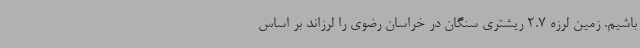
باشیم. زمین لرزه‌ 2.7 ریشتری سنگان در خراسان رضوی را لرزاند بر اساس